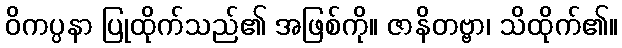
ဝိကပ္ပနာ ပြုထိုက်သည်၏ အဖြစ်ကို။ ဇာနိတဗ္ဗာ၊ သိထိုက်၏။